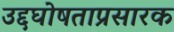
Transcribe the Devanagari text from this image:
उद्दघोषताप्रसारक